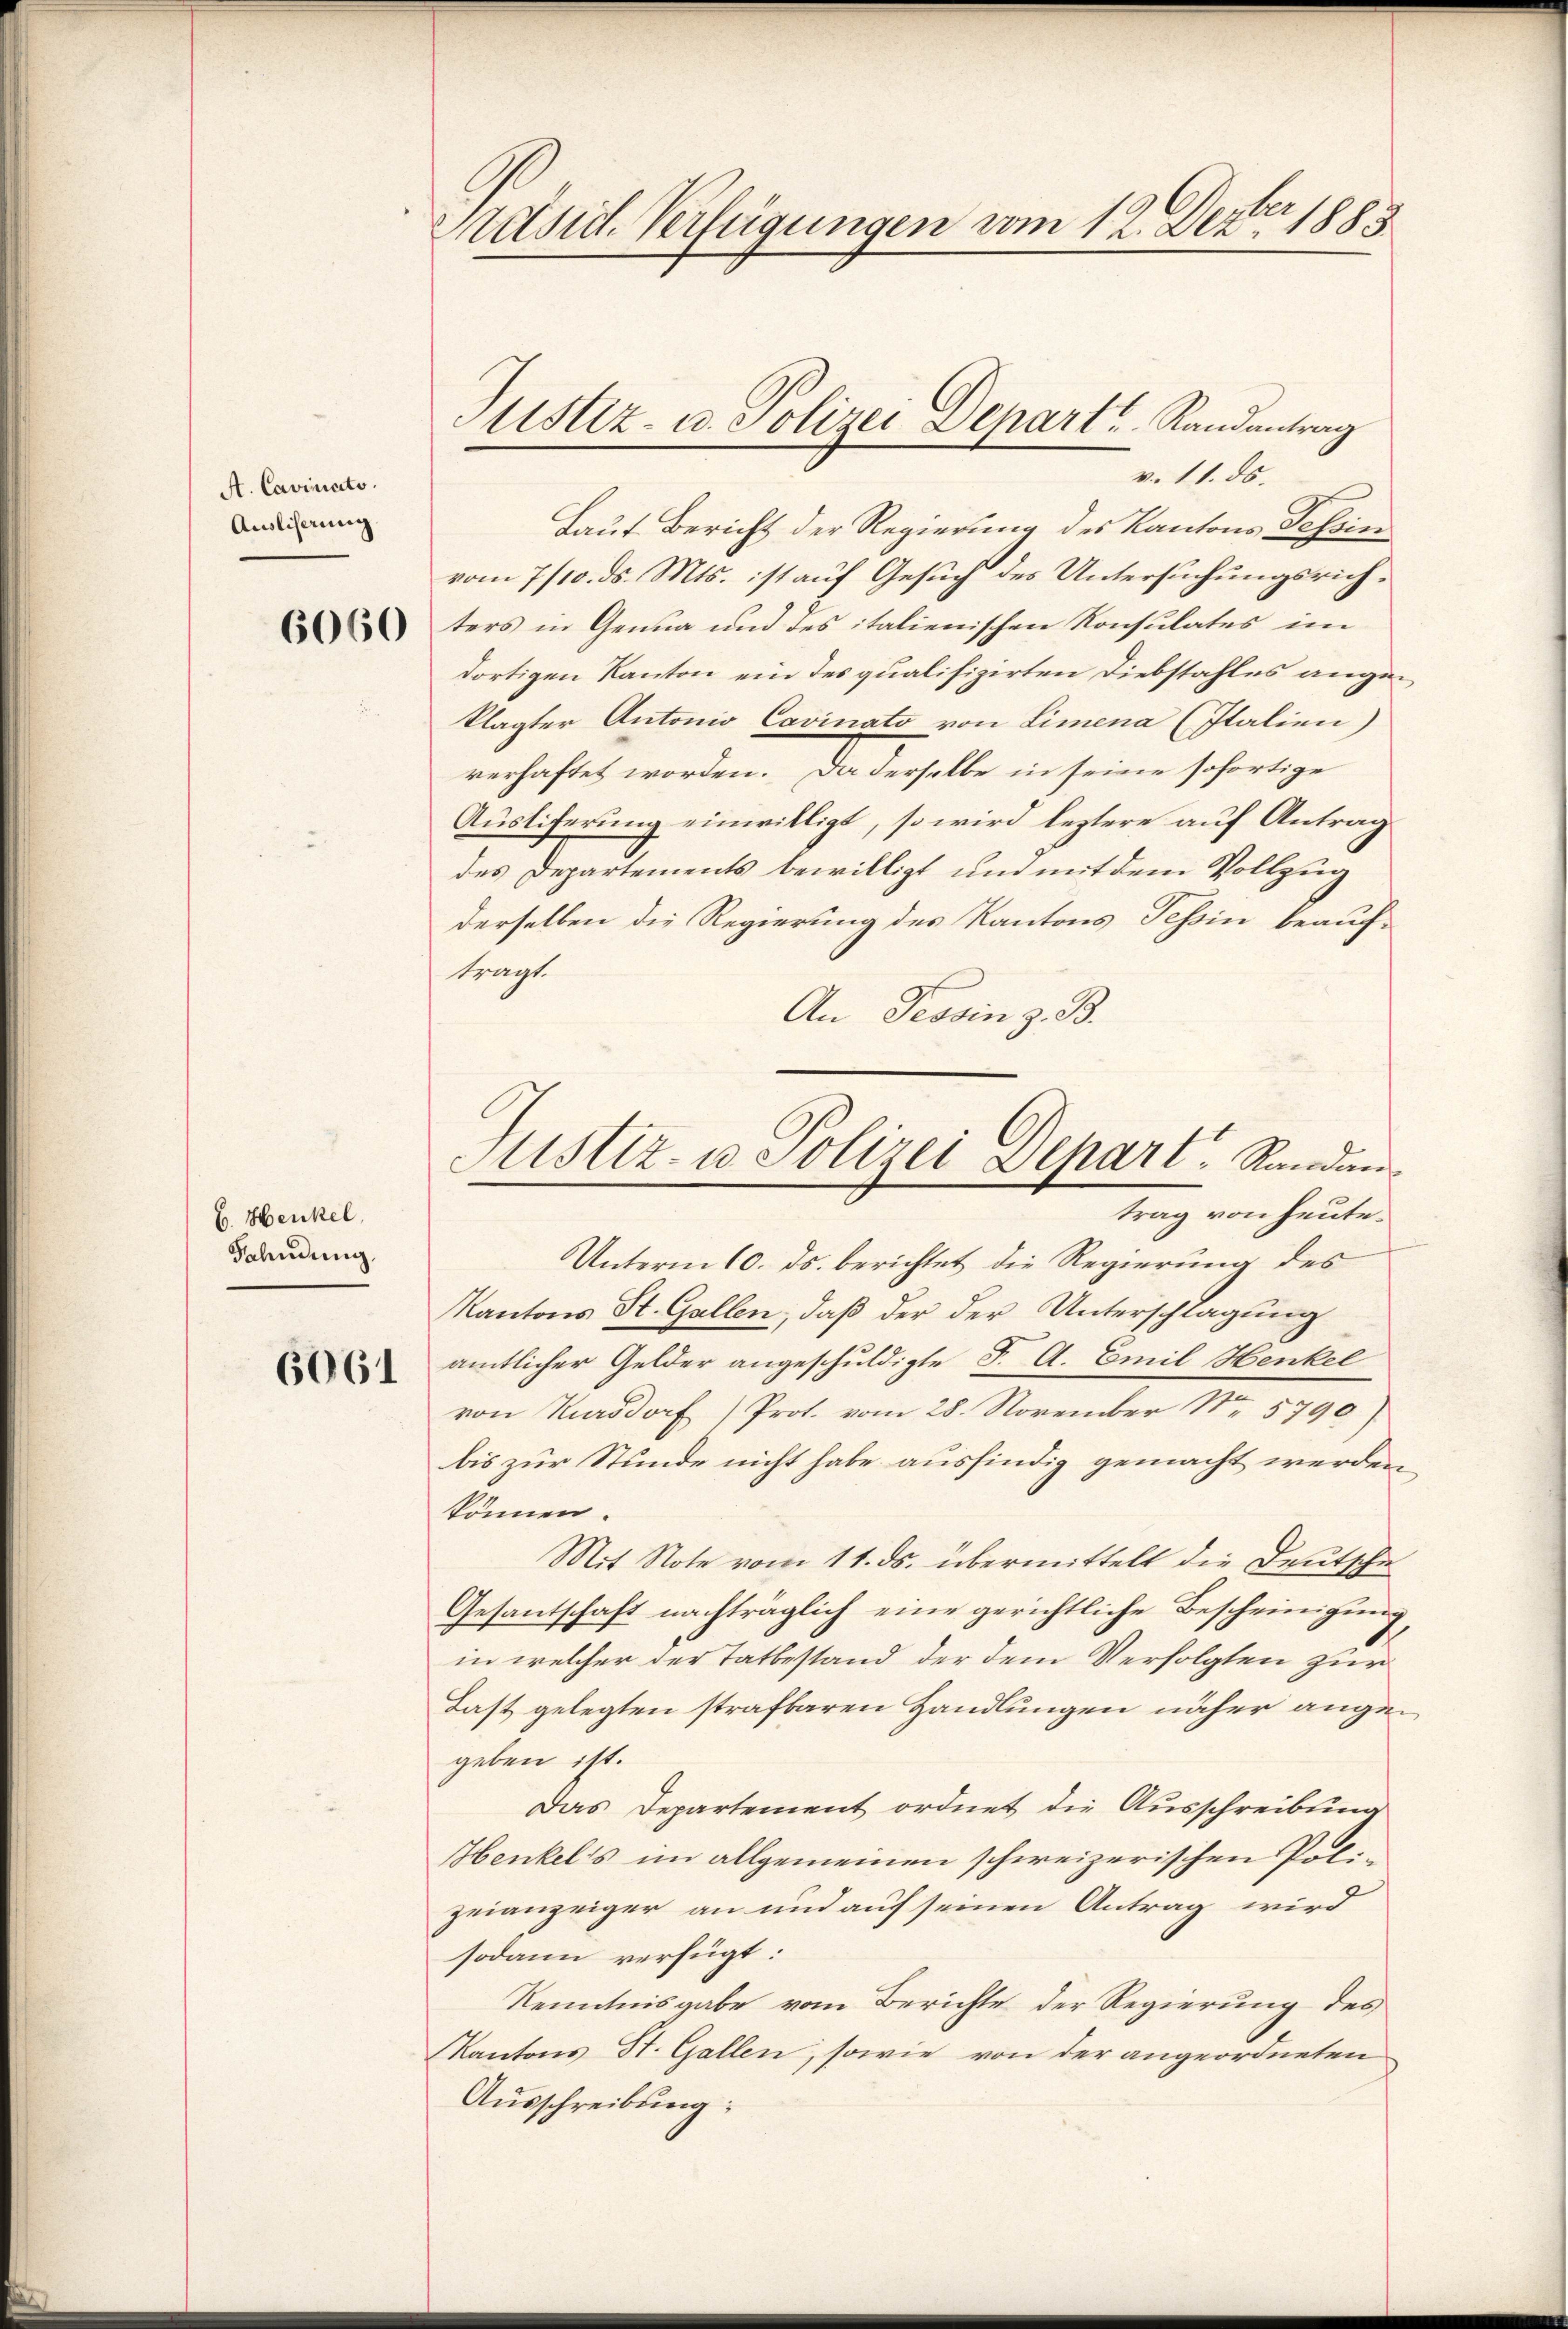
A. Cavinato.
Ausliserung

6060

C. Henkel,
Fahndung

6061

Präsid. Verfügungen vom 12. Dezter 1883.

Laut Bericht der Regierung des Kantons Tessin
vom 7/10. ds. Mts. ist auf Gesuch des Untersuchungsrichters in Genua und des italienischen Konsulates im
dortigen Kanton ein des qualifizirten Diebstahles angeklagter Antonio Cavinato von Limena (Italien)
verhaftet worden. Da derselbe in seine sofortige
Ausliferung einwilligt, so wird leztere auf Antrag
des Departements bewilligt und mit dem Vollzug
derselben die Regierung des Kantons Tessin beauftragt.
An Tessin z. B.
Unterm 10. ds. berichtet die Regierung des
Kantons St. Gallen, daß der der Unterschlagung
amtlicher Gelder angeschuldigte F. A. Emil Henkel
von Kaddorf) Prot. vom 28. November Nr. 5790)
bis zur Stunde nicht habe ausfindig gemacht werden
können.
Mit Note vom 11. ds. übermittelt die Deutsche
Gesantschaft nachträglich eine gerichtliche Bescheinigung,
in welcher der Tatbestand der dem Verfolgten zur
Last gelegten strafbaren Handlungen näher angegeben ist.
Das Departement ordnet die Ausschreibung
Henkelis im allgemeinen schweizerischen Polizeianzeiger an und auf seinen Antrag wird
sodann verfügt:
Kenntnisgabe vom Berichte der Regierung des
Kantons St. Gallen, sowie von der angeordneten
Ausschreibung:

Sistiz- u. Polizei Depart Randantrag
v. 11. ds.

Justiz- u. Polizei Separt. Standan
trag von heute.